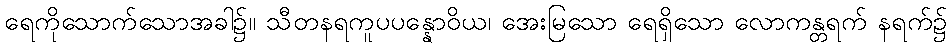
ရေကိုသောက်သောအခါ၌။ သီတနရကူပပန္နောဝိယ၊ အေးမြသော ရေရှိသော လောကန္တရက် နရက်၌